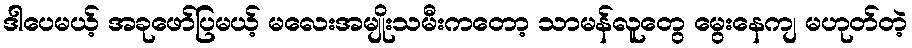
ဒါပေမယ့် အခုဖော်ပြမယ့် မလေးအမျိုးသမီးကတော့ သာမန်လူတွေ မွေးနေကျ မဟုတ်တဲ့